Source: Handwritten
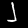
Digit: ၂ (2)